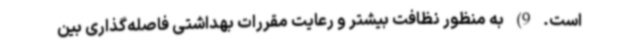
است. 9) به منظور نظافت بیشتر و رعایت مقررات بهداشتی فاصله‌گذاری بین